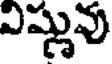
విష్ణువు